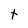
Character: t